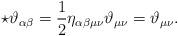
LaTeX: \begin{align*}\star \vartheta_{\alpha \beta} = {\frac{1}{2}} \eta_{\alpha \beta \mu \nu }\vartheta_{\mu \nu} = \vartheta_{\mu \nu}.\end{align*}